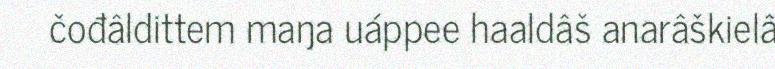
čođâldittem maŋa uáppee haaldâš anarâškielâ